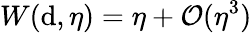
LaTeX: W(\mathrm{d},\eta)=\eta+\mathcal{{O}}(\eta^{3})